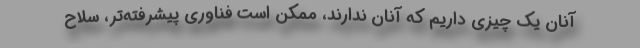
آنان یک چیزی داریم که آنان ندارند، ممکن است فناوری پیشرفته‌تر، سلاح